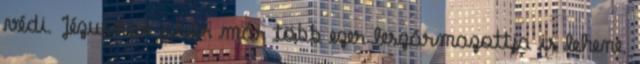
védi. Jézusnak akár már több ezer leszármazottja is lehene.